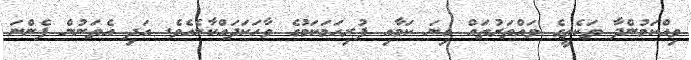
ވިއްކަމުންދާ ތަކެތީގެ ވައްތަރުތައް ގިނަ ކަމާއި ފުރިހަމަކަމުގެ ވާހަކަދައްކާނެއެވެ. އަދި އެތަނުން ފެންނަ